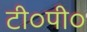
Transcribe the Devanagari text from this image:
टी०पी०